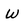
Character: W